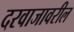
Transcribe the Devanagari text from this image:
दरवाजावरील